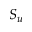
S _ { u }